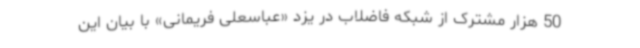
50 هزار مشترک از شبکه فاضلاب در یزد «عباسعلی فریمانی» با بیان این